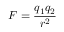
F = { \frac { q _ { 1 } q _ { 2 } } { r ^ { 2 } } }